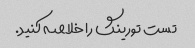
تست تورینگ را خلاصه کنید.